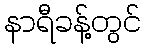
နာရီခန့်တွင်